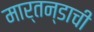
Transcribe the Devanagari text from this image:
मार्तन्डाची